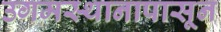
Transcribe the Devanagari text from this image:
उगमस्थानापासून